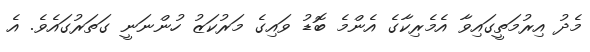
މެދު އިރުމަތީގައިވާ އެމެރިކާގެ އެންމެ ބޮޑު ވައިގެ މަރުކަޒު ހުންނަނީ ގަތަރުގައެވެ. އެ